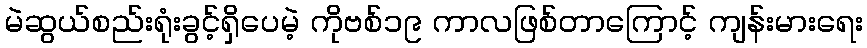
မဲဆွယ်စည်းရုံးခွင့်ရှိပေမဲ့ ကိုဗစ်၁၉ ကာလဖြစ်တာကြောင့် ကျန်းမားရေး